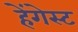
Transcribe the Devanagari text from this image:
हेंगेस्ट